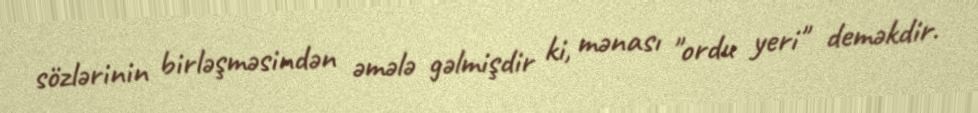
sözlərinin birləşməsindən əmələ gəlmişdir ki, mənası "ordu yeri" deməkdir.